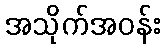
အသိုက်အဝန်း